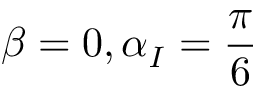
\beta = 0 , \alpha _ { I } = \frac { \pi } { 6 }